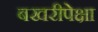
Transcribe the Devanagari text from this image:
बखरीपेक्षा